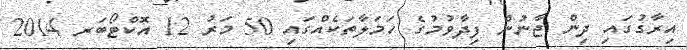
އިރާގުގައި ދިން ޖާނުން ފިދާވުމުގެ ހަމަލާތަކެއްގައި 50 މަރު 12 އޮކްޓޯބަރ 2014